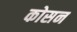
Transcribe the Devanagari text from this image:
कोसन